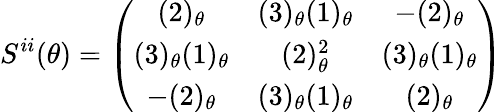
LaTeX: S^{ii}(\theta)=\left(\begin{array}{ccc}{{(2)_{\theta}}}&{{(3)_{\theta}(1)_{\theta}}}&{{-(2)_{\theta}}}\\ {{(3)_{\theta}(1)_{\theta}}}&{{(2)_{\theta}^{2}}}&{{(3)_{\theta}(1)_{\theta}}}\\ {{-(2)_{\theta}}}&{{(3)_{\theta}(1)_{\theta}}}&{{(2)_{\theta}}}\end{array}\right)